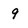
Character: 9